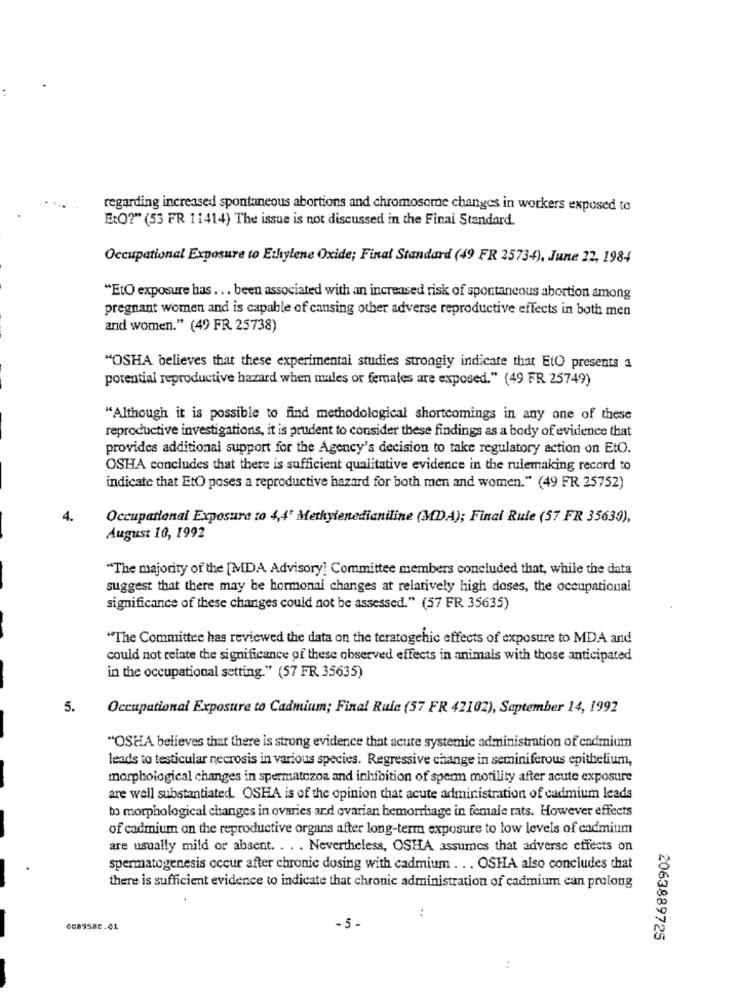
regarding increased spontaneous abortions and chromosome changes in workers exposed to
EtQ?" (53 FR 11414) The issue is not discussed in the Final Standard.
Occupational Exposure to Ethylene Oxide; Final Standard (49 FR 25734), June 22, 1984
"EtO exposure has ... been associated with an increased risk of spontaneous abortion among
pregnant women and is capable of causing other adverse reproductive effects in both men
and women." (49 FR. 25738)
"OSHA believes that these experimental studies strongly indicate that EtO presents a
potential reproductive hazard when males or females are exposed." (49 FR 25749)
"Although it is possible to find methodological shortcomings in any one of these
reproductive investigations, it is prudent to consider these findings as a body of evidence that
provides additional support for the Agency's decision to take regulatory action on EtO.
OSHA concludes that there is sufficient qualitative evidence in the rulemaking record to
indicate that EtO poses a reproductive hazard for both men and women." (49 FR 25752)
4.
Occupational Exposure to 4,4' Methylenedianiline (MDA); Final Rule (57 FR 35639),
August 10, 1992
"The majority of the [MDA Advisory] Committee members concluded that, while the data
suggest that there may be hormonal changes at relatively high doses, the occupational
significance of these changes could not be assessed." (57 FR 35635)
"The Committee has reviewed the data on the teratogenic effects of exposure to MDA and
could not relate the significance of these observed effects in animals with those anticipated
in the occupational setting." (57 FR 35635)
5.
Occupational Exposure to Cadmium; Final Ruic (57 FR 42102), September 14, 1992
"OSHA believes that there is strong evidence that acute systemic administration of cadmium
leads to testicular necrosis in various species. Regressive change in seminiferous epithelium,
morphological changes in spermatozoa and inhibition of sperm motility after acute exposure
are well substantiated. OSHA is of the opinion that acute administration of cadmium leads
to morphological changes in ovaries ard ovarian hemorrhage in female rats. However effects
of cadmium on the reproductive organs after long-term exposure to low levels of cadmium
are usually mild or absent. . . . Nevertheless, OSHA assumes that adverse effects on
spermatogenesis occur after chronic dosing with cadmium . .. OSHA also concludes that
there is sufficient evidence to indicate that chronic administration of cadmium can prolong
6089588.01
.5.
2063889725
..